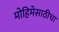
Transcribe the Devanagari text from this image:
मोहिमेसाठीचा